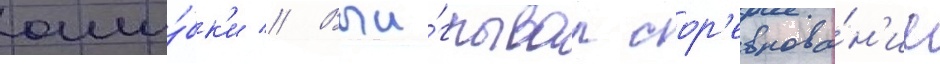
оши́бк'и // Выи́грывал сор'евнова́н'ие